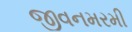
જીવનમરમી